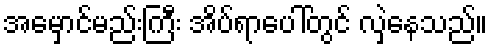
အမှောင်မည်းကြီး အိပ်ရာပေါ်တွင် လှဲနေသည်။